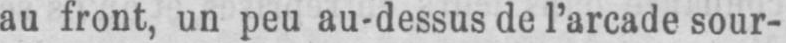
au front, un peu au-dessus de l’arcade sour-